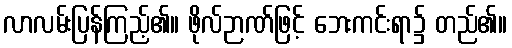
လာလမ်းပြန်ကြည့်၏။ ဖိုလ်ဉာဏ်ဖြင့် ဘေးကင်းရာ၌ တည်၏။